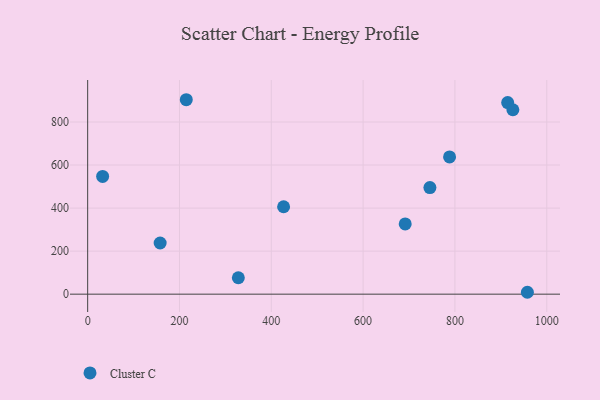
{"axis": {"x": "Distance", "y": "Fuel Efficiency"}, "legend": ["Cluster C"], "data": [{"x": "32.6", "y": 547.2, "type": "Cluster C"}, {"x": "426.8", "y": 406.2, "type": "Cluster C"}, {"x": "914.9", "y": 890.2, "type": "Cluster C"}, {"x": "691.7", "y": 326.5, "type": "Cluster C"}, {"x": "926.2", "y": 856.9, "type": "Cluster C"}, {"x": "745.5", "y": 495.2, "type": "Cluster C"}, {"x": "157.9", "y": 237.7, "type": "Cluster C"}, {"x": "328.2", "y": 76.3, "type": "Cluster C"}, {"x": "957.8", "y": 8.8, "type": "Cluster C"}, {"x": "788.3", "y": 637.8, "type": "Cluster C"}, {"x": "214.8", "y": 903.5, "type": "Cluster C"}]}